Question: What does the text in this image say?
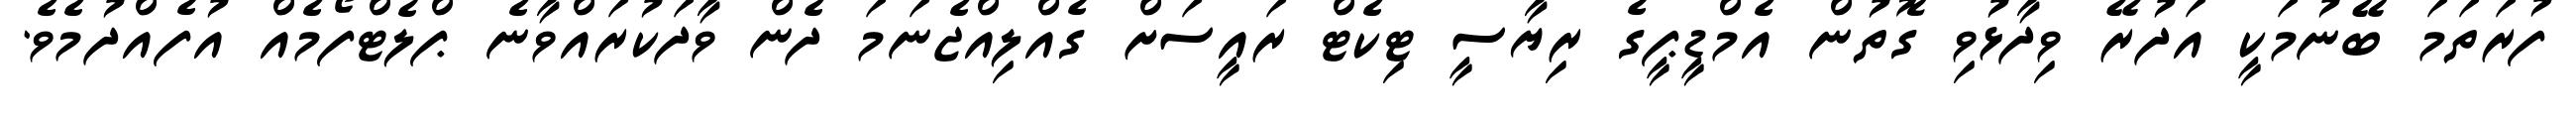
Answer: ފުރަތަމަ ބޭނުމަކީ އަދުރޭ ވިދާޅުވި ގޮތުން އެމްޑީޕީގެ ރިޔާސީ ޓިކެޓް ރައީސަށް ގެއްލިއްޖެނަމަ ދެން ވާދަކުރައްވާނެ ޕްލެޓްފޯމެއް އުފެއްދުމެވެ.